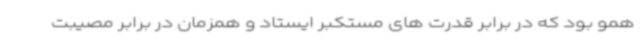
همو بود که در برابر قدرت های مستکبر ایستاد و همزمان در برابر مصیبت